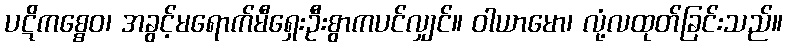
ပဋိကစ္စေဝ၊ အခွင့်မရောက်မီရှေးဦးစွာကပင်လျှင်။ ဝါယာမော၊ လုံ့လထုတ်ခြင်းသည်။